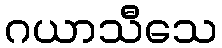
ဂယာသီသေ